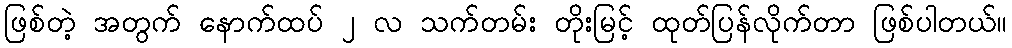
ဖြစ်တဲ့ အတွက် နောက်ထပ် ၂ လ သက်တမ်း တိုးမြင့် ထုတ်ပြန်လိုက်တာ ဖြစ်ပါတယ်။